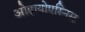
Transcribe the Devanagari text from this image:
ओहायोएस्निस